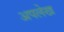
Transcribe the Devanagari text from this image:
अपलेख